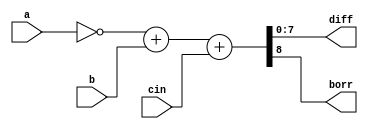
module bin_sub(
    input [7:0]a,b,
    input cin,
    output reg[7:0]diff,
    output reg borr);
	 
always @ (a or b or cin)
   {borr,diff}= (~a) + b + cin;
endmodule